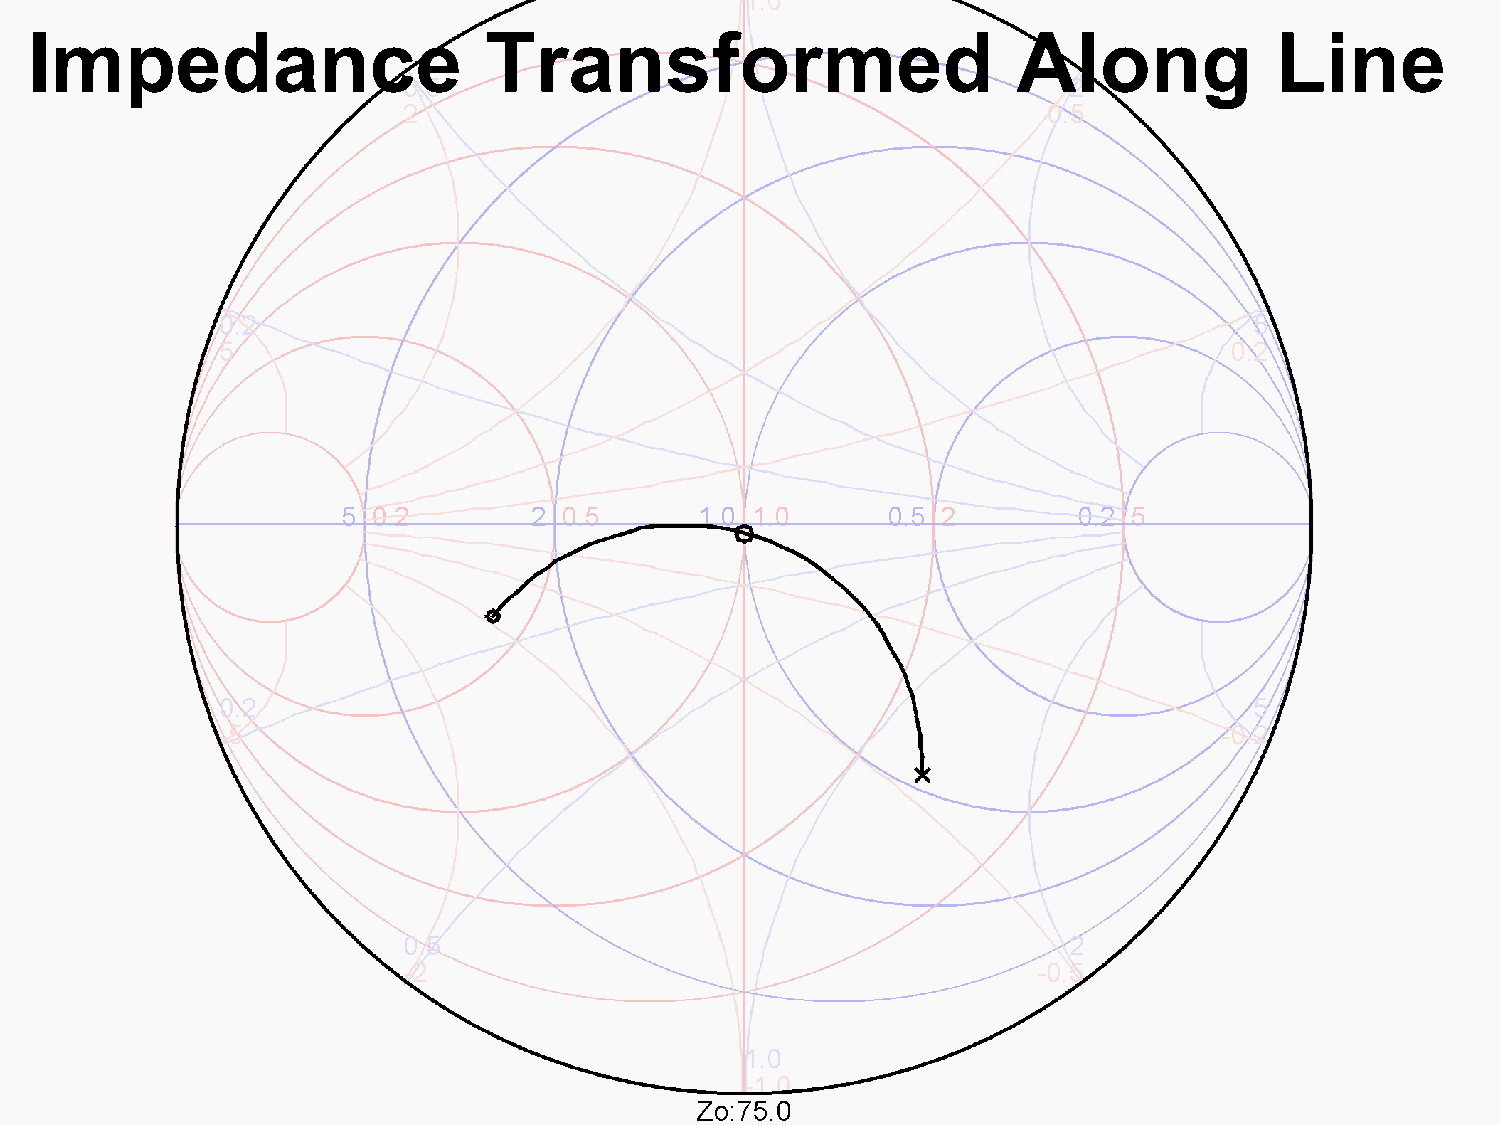
Impedance                     Transformed                        Along            Line